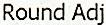
ROUND ADJ